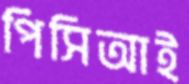
পিসিআই